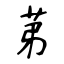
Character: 苐